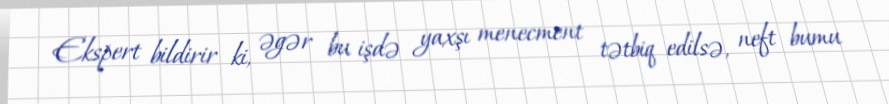
Ekspert bildirir ki, əgər bu işdə yaxşı menecment tətbiq edilsə, neft bumu